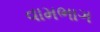
વામભાગ